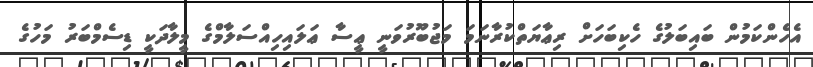
އެހެންކަމުން ބައިބަލުގެ ހެކިބަހަށް ރިޢާޔަތްކުރާނަމަ މަޖުބޫރުވަނީ ޢީސާ ޢަލައިހިއްސަލާމްގެ މީލާދަކީ ޑިސެމްބަރު މަހުގެ